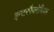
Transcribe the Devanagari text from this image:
इन्टरफैलोपियन